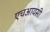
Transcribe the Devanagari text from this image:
एचआयसी